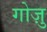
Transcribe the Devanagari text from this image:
गोज़ु